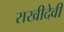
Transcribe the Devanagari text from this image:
राखीदेवी